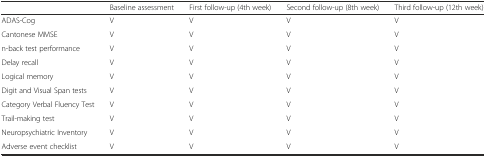
<table><thead><tr><td></td><td><b>Baseline assessment</b></td><td><b>First follow-up (4th week)</b></td><td><b>Second follow-up (8th week)</b></td><td><b>Third follow-up (12th week)</b></td></tr></thead><tbody><tr><td>ADAS-Cog</td><td>V</td><td>V</td><td>V</td><td>V</td></tr><tr><td>Cantonese MMSE</td><td>V</td><td>V</td><td>V</td><td>V</td></tr><tr><td>n-back test performance</td><td>V</td><td>V</td><td>V</td><td>V</td></tr><tr><td>Delay recall</td><td>V</td><td>V</td><td>V</td><td>V</td></tr><tr><td>Logical memory</td><td>V</td><td>V</td><td>V</td><td>V</td></tr><tr><td>Digit and Visual Span tests</td><td>V</td><td>V</td><td>V</td><td>V</td></tr><tr><td>Category Verbal Fluency Test</td><td>V</td><td>V</td><td>V</td><td>V</td></tr><tr><td>Trail-making test</td><td>V</td><td>V</td><td>V</td><td>V</td></tr><tr><td>Neuropsychiatric Inventory</td><td>V</td><td>V</td><td>V</td><td>V</td></tr><tr><td>Adverse event checklist</td><td>V</td><td>V</td><td>V</td><td>V</td></tr></tbody></table>